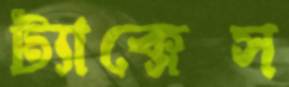
ট্যাক্সেস